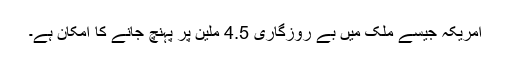
امریکہ جیسے ملک میں بے روزگاری 4.5 ملین پر پہنچ جانے کا امکان ہے۔